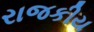
રાજકીય